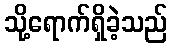
သို့ရောက်ရှိခဲ့သည်